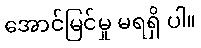
အောင်မြင်မှု မရရှိ ပါ။